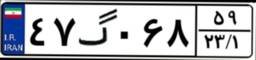
۴۰گ۷۶۲۶۸